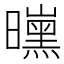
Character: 𱢰